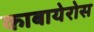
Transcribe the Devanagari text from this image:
काबायेरोस